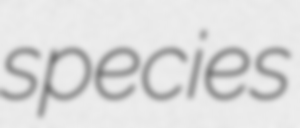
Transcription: species